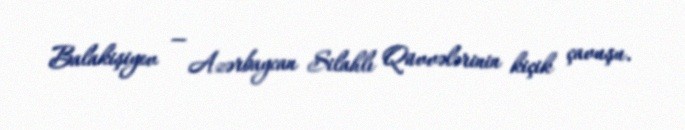
Balakişiyev — Azərbaycan Silahlı Qüvvələrinin kiçik çavuşu.